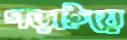
গড়াইয়ে